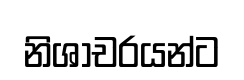
නිශාචරයන්ට